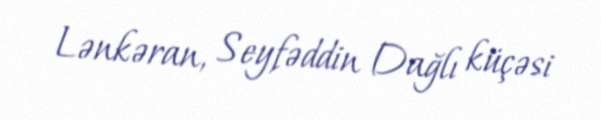
Lənkəran, Seyfəddin Dağlı küçəsi